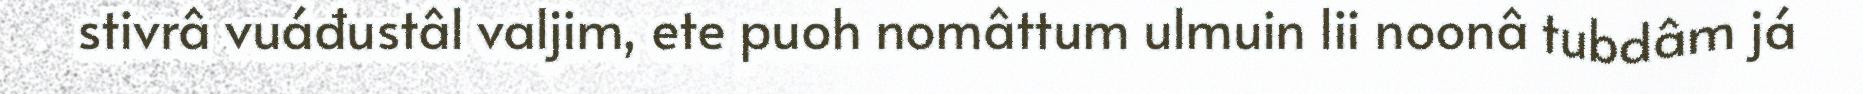
stivrâ vuáđustâl valjim, ete puoh nomâttum ulmuin lii noonâ tubdâm já